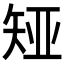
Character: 𪿊